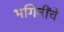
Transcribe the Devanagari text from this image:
भगिनींचे